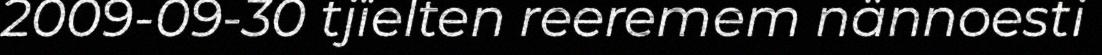
2009-09-30 tjïelten reeremem nännoesti